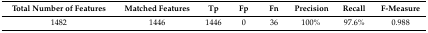
<table><thead><tr><td><b>Total Number of Features</b></td><td><b>Matched Features</b></td><td><b>Tp</b></td><td><b>Fp</b></td><td><b>Fn</b></td><td><b>Precision</b></td><td><b>Recall</b></td><td><b>F-Measure</b></td></tr></thead><tbody><tr><td>1482</td><td>1446</td><td>1446</td><td>0</td><td>36</td><td>100%</td><td>97.6%</td><td>0.988</td></tr></tbody></table>